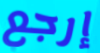
إرجع